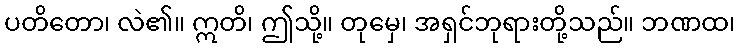
ပတိတော၊ လဲ၏။ ဣတိ၊ ဤသို့။ တုမှေ၊ အရှင်ဘုရားတို့သည်။ ဘဏထ၊